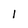
Character: l